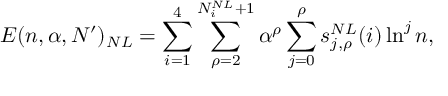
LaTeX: E ( n , \alpha , N ^ { \prime } ) _ { N L } = \sum _ { i = 1 } ^ { 4 } \sum _ { \rho = 2 } ^ { N _ { i } ^ { N L } + 1 } \alpha ^ { \rho } \sum _ { j = 0 } ^ { \rho } s _ { j , \rho } ^ { N L } ( i ) \ln ^ { j } n ,